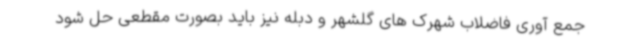
جمع آوری فاضلاب شهرک های گلشهر و دبله نیز باید بصورت مقطعی حل شود